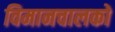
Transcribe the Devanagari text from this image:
विमानचालको